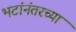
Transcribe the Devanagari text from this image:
भटांनंतरच्या